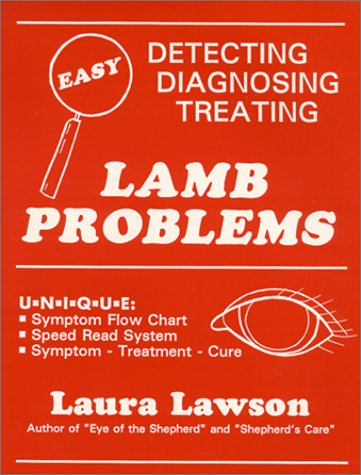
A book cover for Lamb Problems: Detecting, Diagnosing, Treating; Laura Lawson; Medical Books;